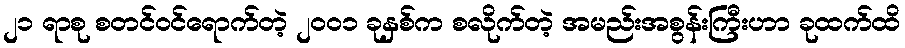
၂၁ ရာစု စတင်ဝင်ရောက်တဲ့ ၂၀၀၁ ခုနှစ်က စလိုက်တဲ့ အမည်းအစွန်းကြီးဟာ ခုထက်ထိ